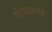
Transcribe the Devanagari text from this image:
गेल्यानतर